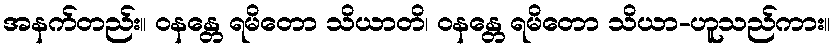
အနက်တည်း။ ဝနန္တေ ရမိတော သိယာတိ၊ ဝနန္တေ ရမိတော သိယာ-ဟူသည်ကား။